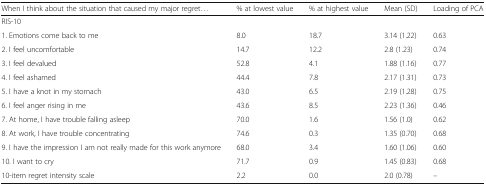
| When I think about the situation that caused my major regret... | % at lowest value | % at highest value | Mean (SD) | Loading of PCA |
 | --- | --- | --- | --- | --- |
 | <COLSPAN=5> RIS-10 |
 | 1. Emotions come back to me | 8.0 | 18.7 | 3.14 (1.22) | 0.63 |
 | 2. I feel uncomfortable | 14.7 | 12.2 | 2.8 (1.23) | 0.74 |
 | 3. I feel devalued | 52.8 | 4.1 | 1.88 (1.16) | 0.77 |
 | 4. I feel ashamed | 44.4 | 7.8 | 2.17 (1.31) | 0.73 |
 | 5. I have a knot in my stomach | 43.0 | 6.5 | 2.19 (1.28) | 0.75 |
 | 6. I feel anger rising in me | 43.6 | 8.5 | 2.23 (1.36) | 0.46 |
 | 7. At home, I have trouble falling asleep | 70.0 | 1.6 | 1.56 (1.0) | 0.62 |
 | 8. At work, I have trouble concentrating | 74.6 | 0.3 | 1.35 (0.70) | 0.68 |
 | 9. I have the impression I am not really made for this work anymore | 68.0 | 3.4 | 1.60 (1.06) | 0.60 |
 | 10. I want to cry | 71.7 | 0.9 | 1.45 (0.83) | 0.68 |
 | 10-item regret intensity scale | 2.2 | 0.0 | 2.0 (0.78) | – |